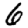
Digit: 6